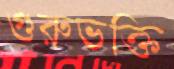
গুরুভক্তি